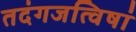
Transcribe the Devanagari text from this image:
तदंगजत्विषां